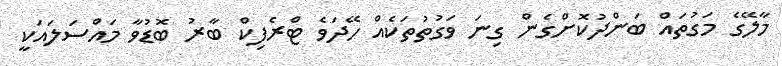
މާލޭގެ މަގުތައް ބަންދުކޮށްގެން ގިނަ ވަގުތުތަކެއް ހޭދަވެ ޓްރެފިކް ބާރު ބޮޑުވާ މައްސަލައަކީ